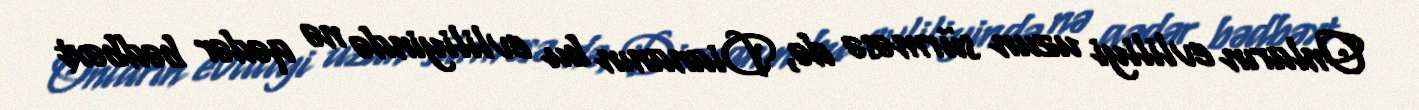
Onların evliliyi uzun sürməsə də, Diananın bu evliliyində nə qədər bədbəxt